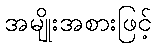
အမျိုးအစားဖြင့်